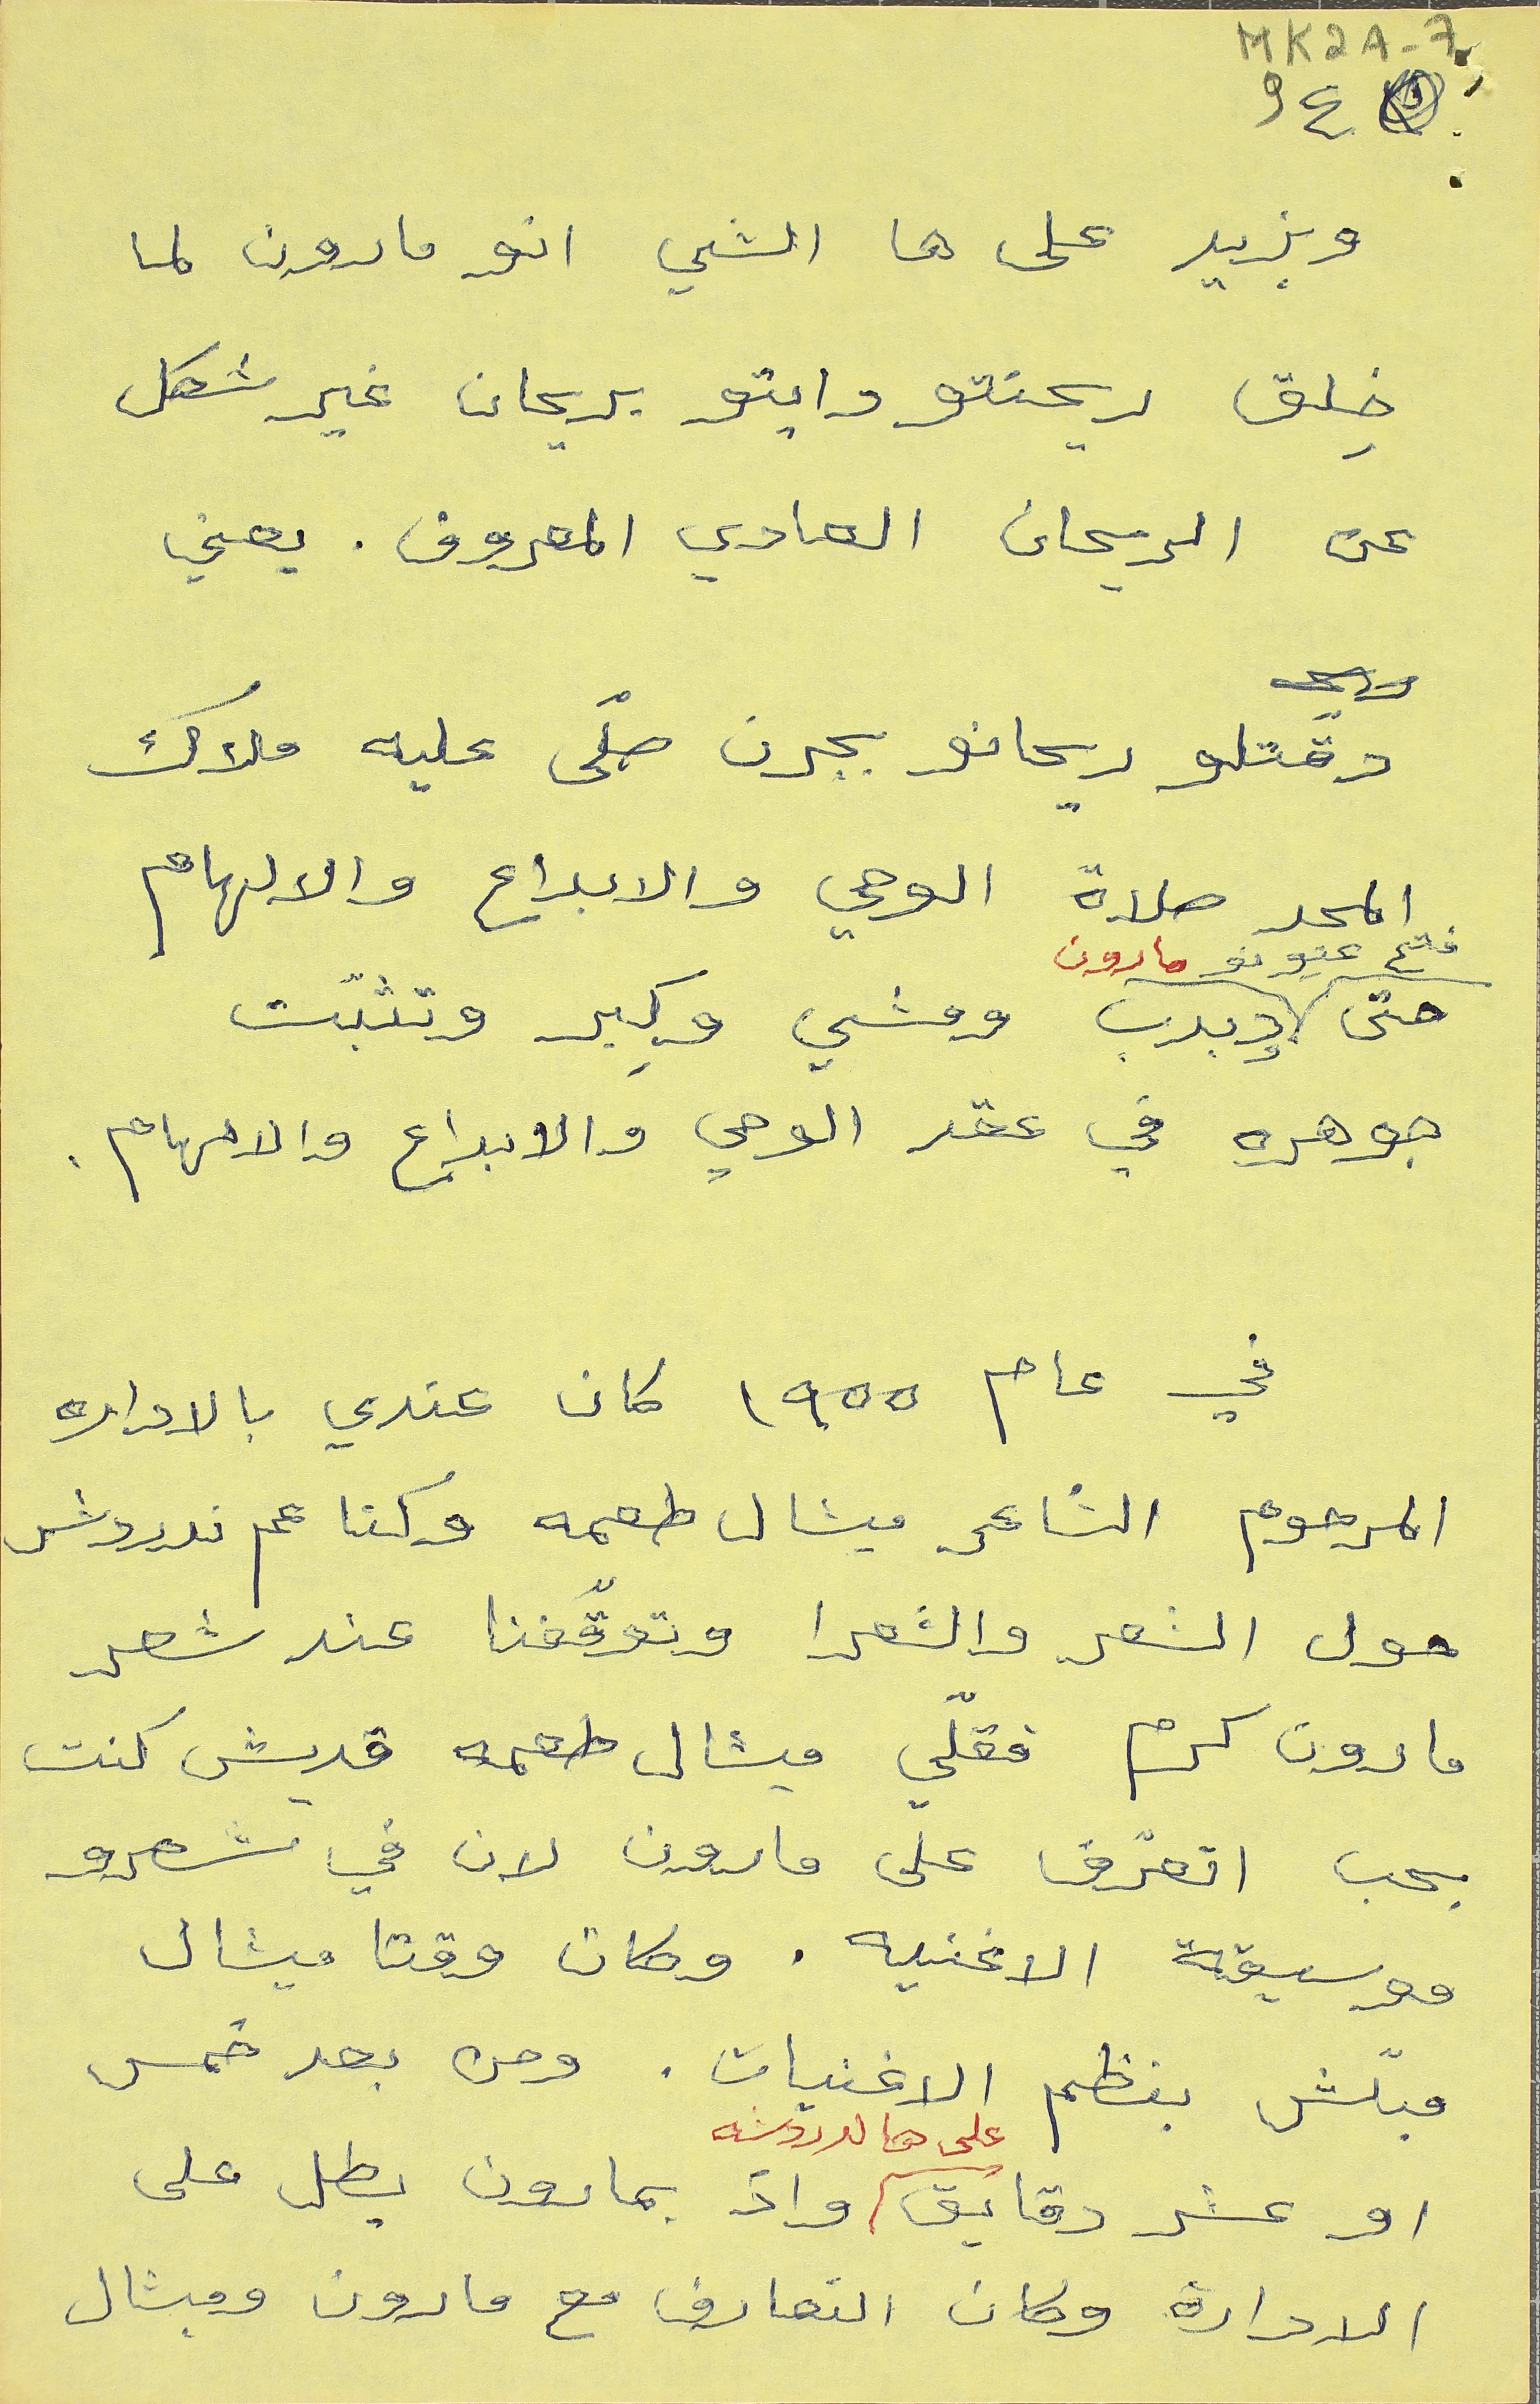
MK2A-79     ٤
وبزيد على ها الشي انو مارون لما
خِلق ريحنتو دايتو بريحان غير شكل
عن الريحان العادي المعروف. يعني
دقتلو ريحانو بجرن صلّى عليه ملاك
المجد صلاة الوحي والابداع والالهام
حتى فتح عيونو مارون ودبدب ومشي وكِبر وتثبَّت
جوهره في عقر الوحي والابداع والالهام.
في عام ١٩٥٥ كان عندي بالاداره
المرحوم الشاعر ميشال طعمه وكنا عم ندردش
حول الشعر والشعرا وتوقّفنا عند شعر
مارون كرم فقلّي ميشال طعمه قديش كنت
بحب اتعرّف على مارون لان في شعرو
موسيقة الاغنيه. وكان وقتا ميشال
مبلّش بنظم الاغنيات. ومن بعد خمس
او عشر دقايق على هالدردشه واذ بمارون بطل على
الادارة وكان التعارف مع مارون وميشال